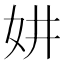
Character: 妌